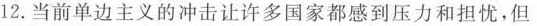
12.当前单边主义的冲击让许多国家都感到压力和担忧，但